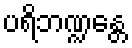
ပရိဘဏ္ဍန္တေ